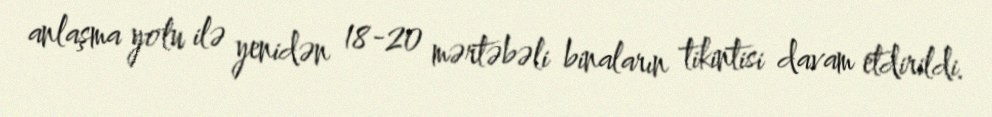
anlaşma yolu ilə yenidən 18-20 mərtəbəli binaların tikintisi davam etdirildi.